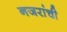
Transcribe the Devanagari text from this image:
नजरांची